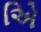
એિ